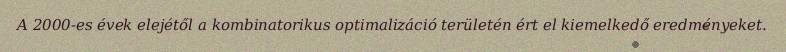
A 2000-es évek elejétől a kombinatorikus optimalizáció területén ért el kiemelkedő eredményeket.